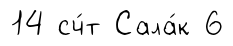
14 сч́т Сала́к 6